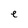
Character: e